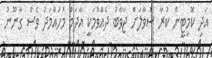
އަދި ކޮމިޓީން ކުރާ ސުވާލަށް ޖަވާބު ދެއްވުމަކީ އާދަމް މުހައްމަދު ވެސް ގާނޫނު